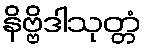
နိဗ္ဗိဒါသုတ္တံ